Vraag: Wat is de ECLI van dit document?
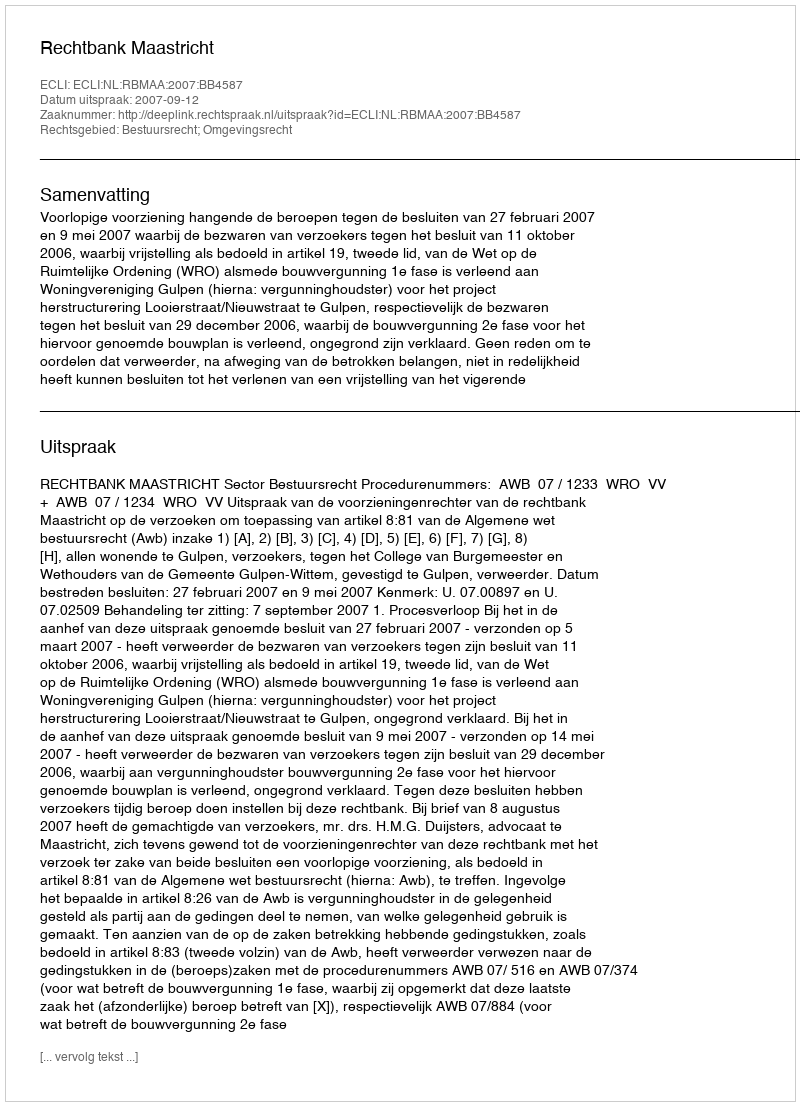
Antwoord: ECLI:NL:RBMAA:2007:BB4587